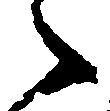
々